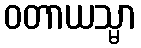
ဝတာယသ္မာ